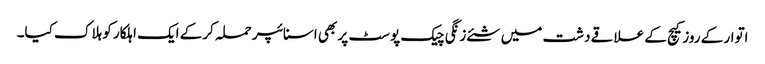
اتوار کے روزکیچ کے علاقے دشت میں شئے زنگی چیک پوسٹ پر بھی اسنائپر حملہ کرکے ایک اہلکار کو ہلاک کیا۔